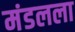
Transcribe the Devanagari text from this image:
मंडलला